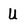
Character: U